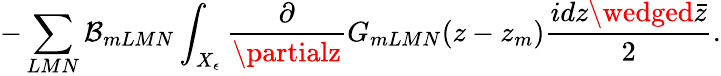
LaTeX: -\sum_{LMN}\mathcal{B}_{mLMN}\int_{X_{\epsilon}}\frac{{\partial}}{{\partialz}}G_{mLMN}(z-z_{m})\frac{{idz\wedged\bar{{z}}}}{{2}}.